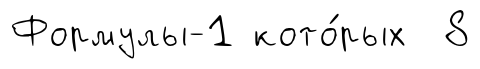
Формулы-1 кото́рых 8